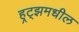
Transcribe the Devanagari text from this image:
हर्‍ट्झमधील